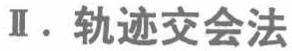
Ⅱ. 轨迹交会法